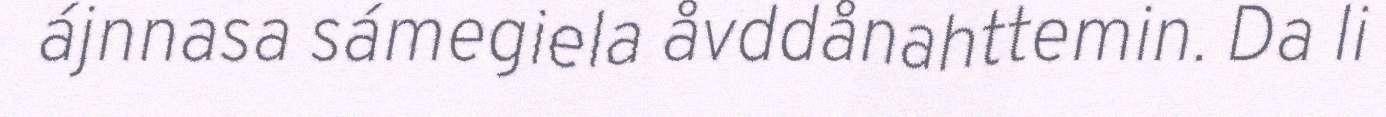
ájnnasa sámegiela åvddånahttemin. Da li